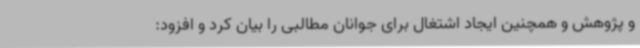
و پژوهش و همچنین ایجاد اشتغال برای جوانان مطالبی را بیان کرد و افزود: